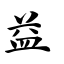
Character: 益